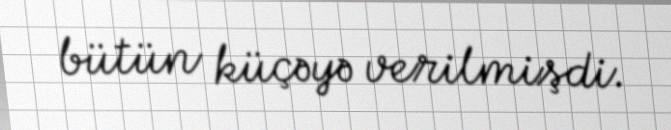
bütün küçəyə verilmişdi.